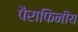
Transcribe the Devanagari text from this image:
पैराफिनीय